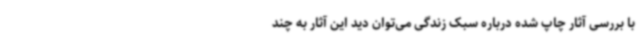
با بررسی آثار چاپ شده درباره سبک زندگی می‌توان دید این آثار به چند